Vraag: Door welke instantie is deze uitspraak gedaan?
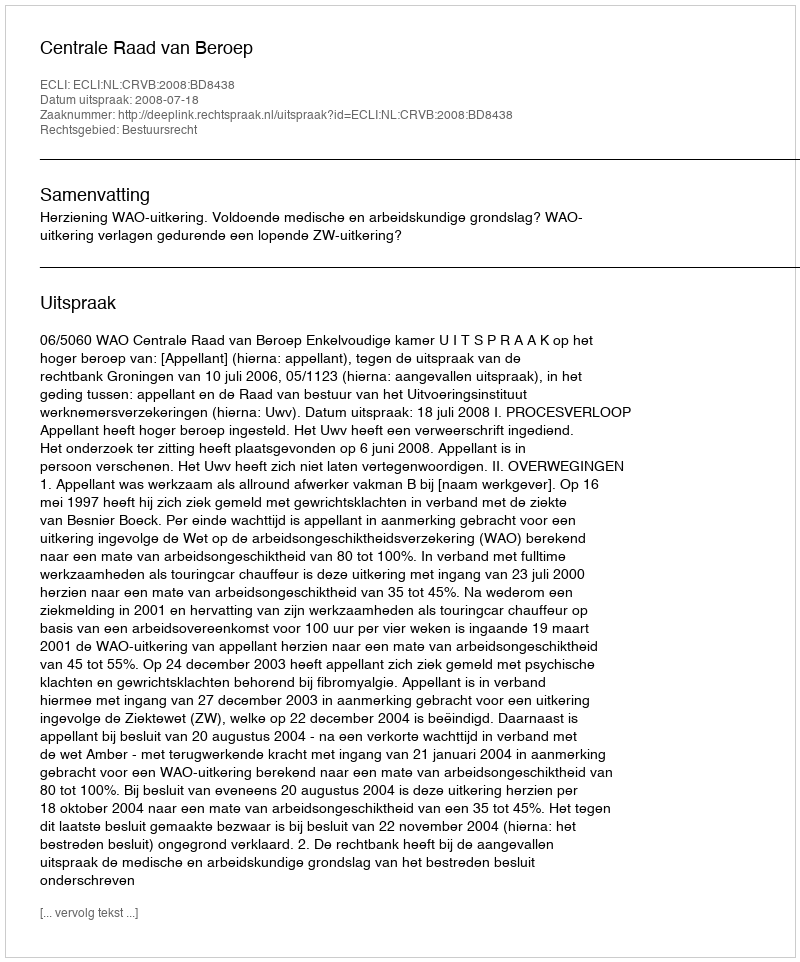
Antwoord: Centrale Raad van Beroep